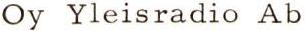
Oy Yleisradio Ab